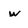
Character: w